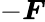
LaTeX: -\boldsymbol{F}